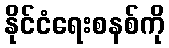
နိုင်ငံရေးစနစ်ကို